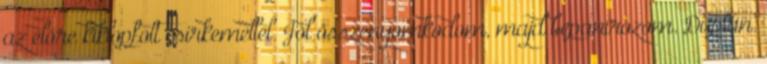
az előre kiklopfolt csirkemellel. Jól összenyomkodom, majd bepanírozom. Duplán.